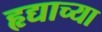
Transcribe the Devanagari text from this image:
हृद्याच्या